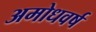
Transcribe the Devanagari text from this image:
अमोधवर्ष